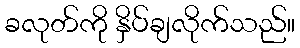
ခလုတ်ကို နှိပ်ချလိုက်သည်။